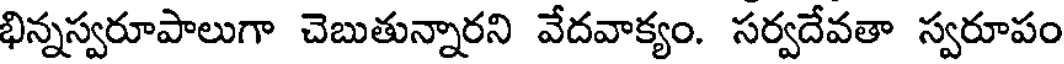
భిన్నస్వరూపాలుగా చెబుతున్నారని వేదవాక్యం. సర్వదేవతా స్వరూపం